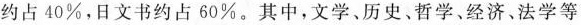
约占40%，日文书约占60%。其中，文学、历史、哲学、经济、法学等